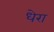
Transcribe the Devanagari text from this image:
धेरा